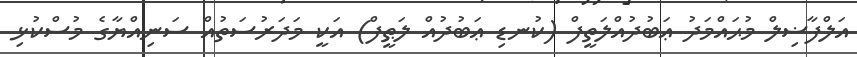
އަލްފާޟިލް މުޙައްމަދު ޢަބުދުއްލަތީފް (ކުނޑި ޢަބުދުއް ލަޠީފް) އަކީ މަދަރުސަތުއް ސަނިއްޔާގެ މުސްކުޅި